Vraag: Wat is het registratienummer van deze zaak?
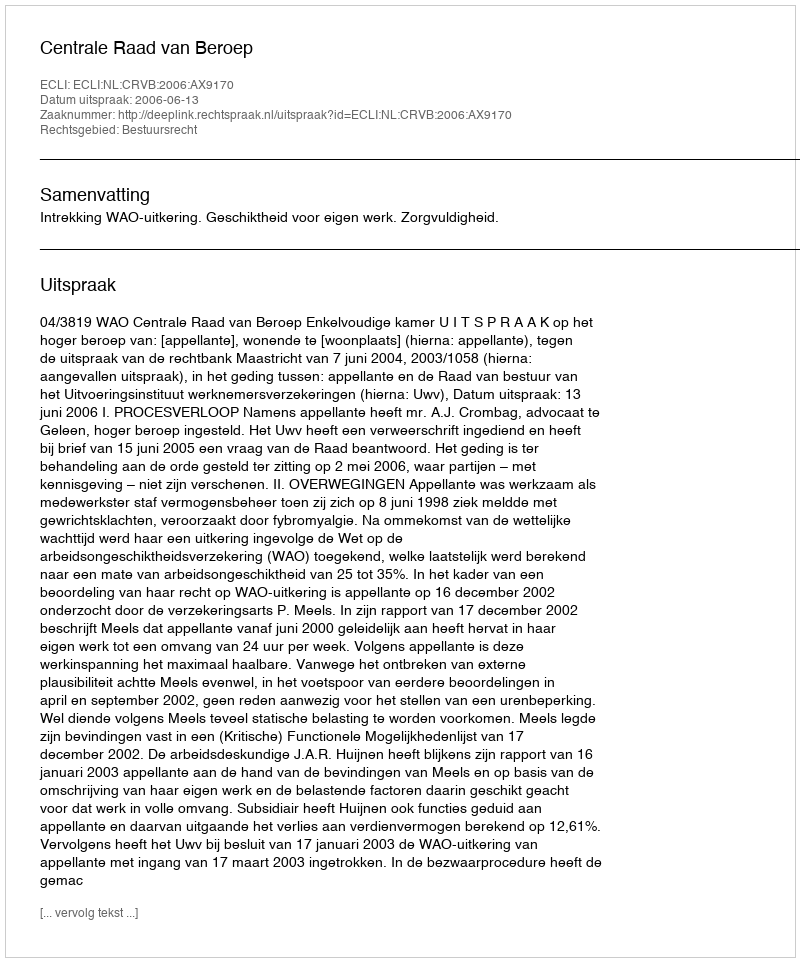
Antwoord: http://deeplink.rechtspraak.nl/uitspraak?id=ECLI:NL:CRVB:2006:AX9170